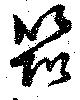
筑